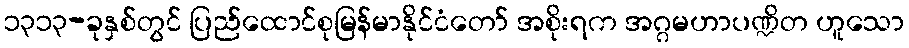
၁၃၁၃-ခုနှစ်တွင် ပြည်ထောင်စုမြန်မာနိုင်ငံတော် အစိုးရက အဂ္ဂမဟာပဏ္ဍိတ ဟူသော